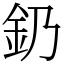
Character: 釢